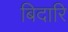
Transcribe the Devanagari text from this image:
बिदारि